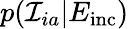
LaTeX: p({\mathcal I}_{ia}|E_{\mathrm{inc}})